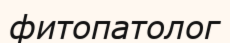
фитопатолог